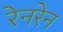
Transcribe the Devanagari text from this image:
रेनरेन